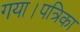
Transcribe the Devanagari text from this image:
गया।पत्रिका